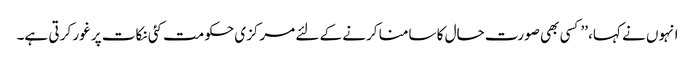
انہوں نے کہا، ’’کسی بھی صورت حال کا سامنا کرنے کے لئے مرکزی حکومت کئی نکات پر غور کر تی ہے۔